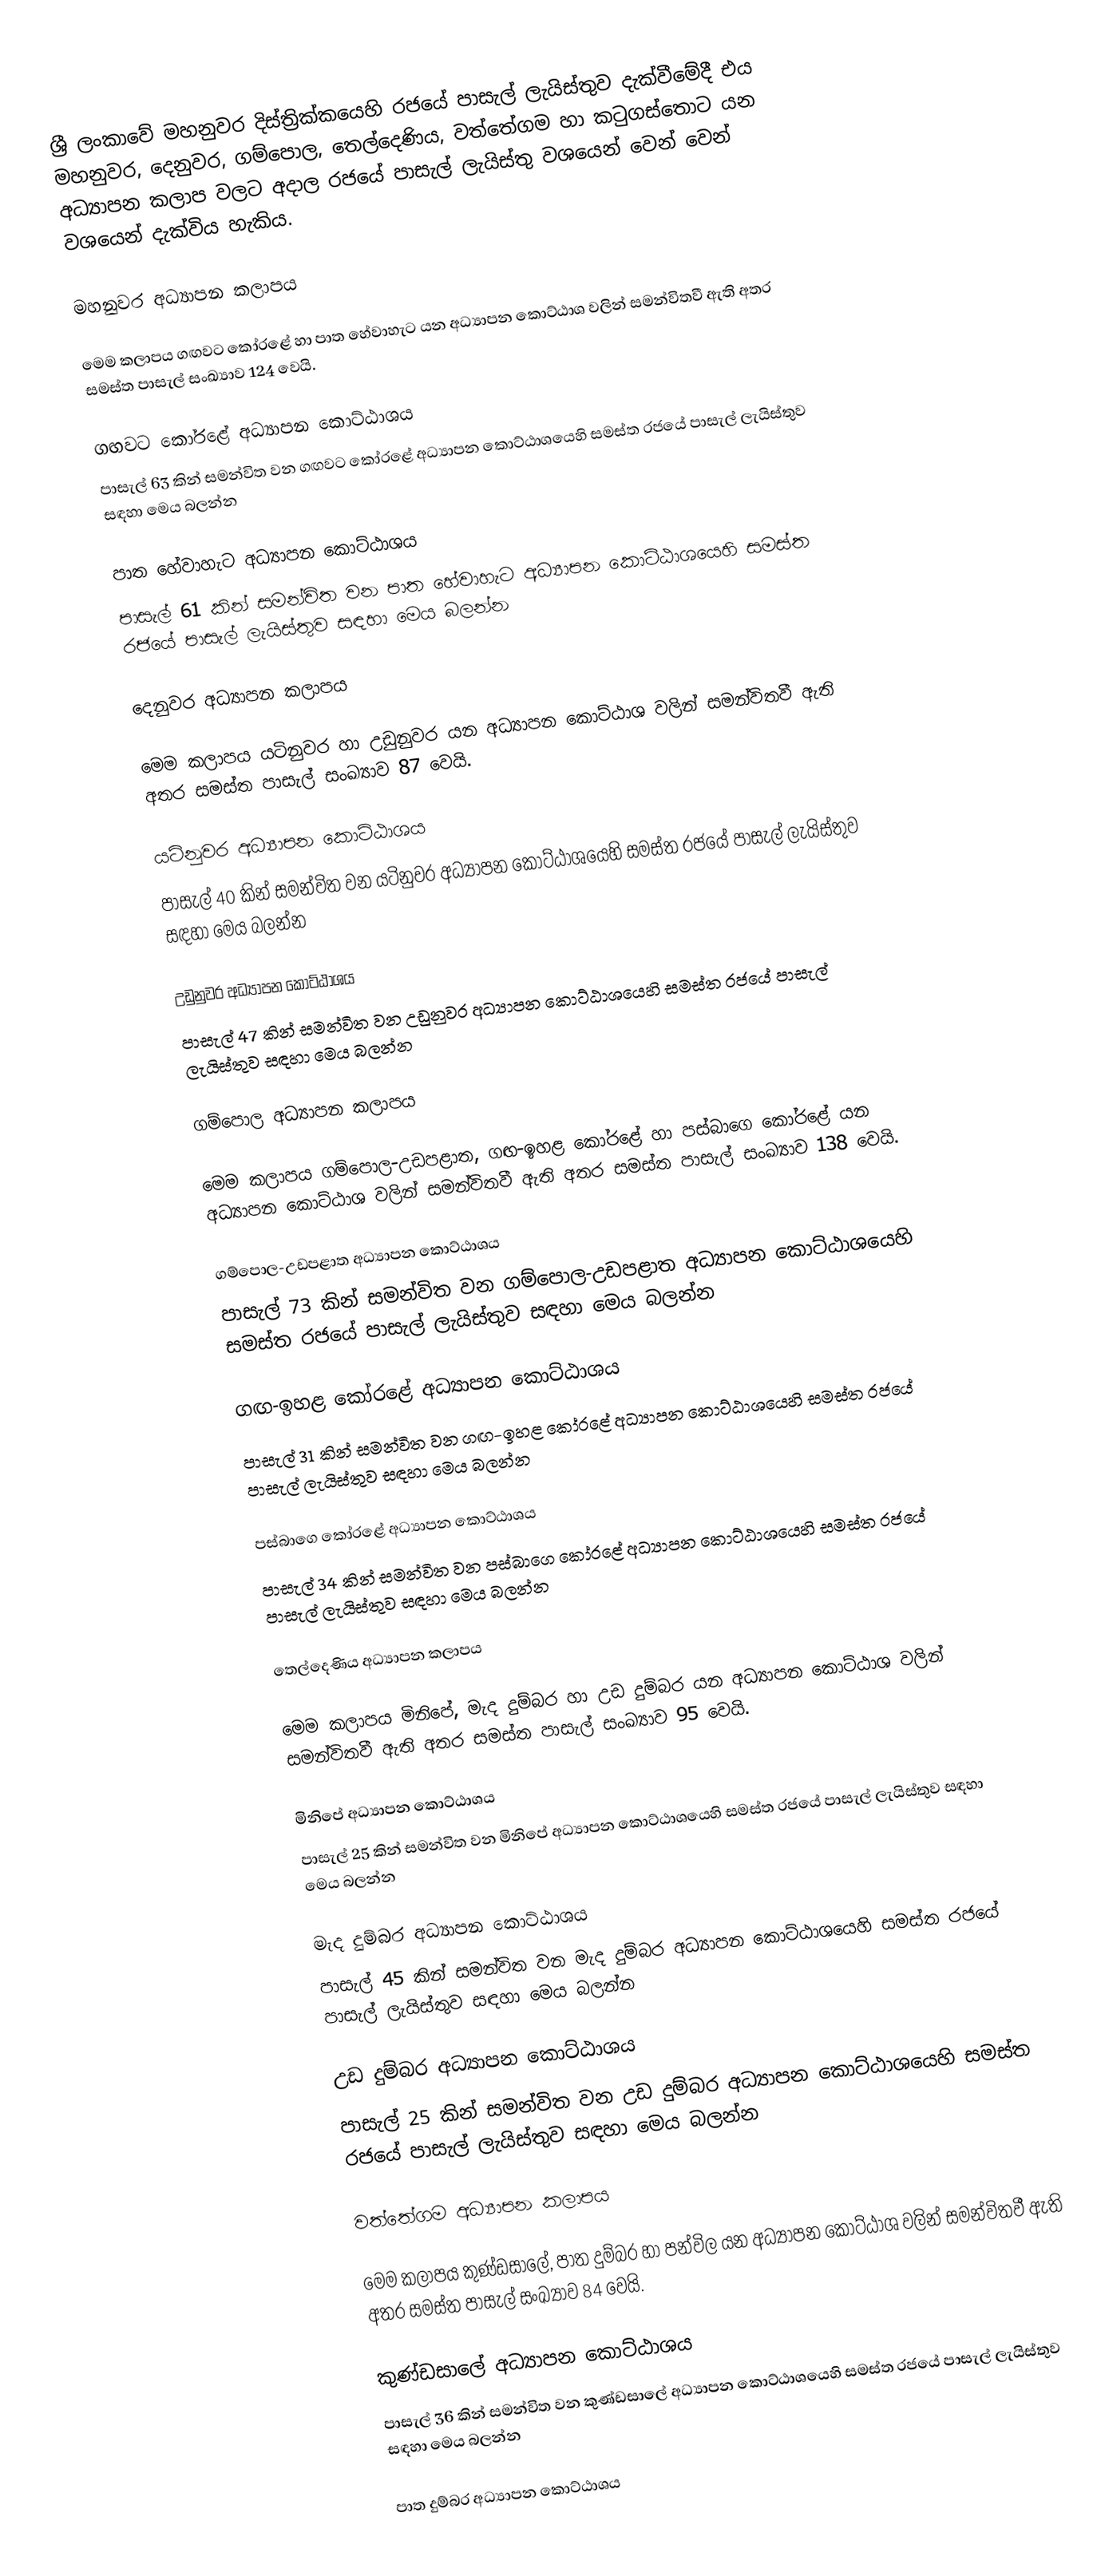
ශ්‍රී ලංකාවේ මහනුවර දිස්ත්‍රික්කයෙහි රජයේ පාසැල් ලැයිස්තුව දැක්වීමේදී එය මහනුවර, දෙනුවර, ගම්පොල, තෙල්දෙණිය, වත්තේගම හා කටුගස්තොට යන අධ්‍යාපන කලාප  වලට අදාල රජයේ පාසැල් ලැයිස්තු වශයෙන් වෙන් වෙන් වශයෙන් දැක්විය හැකිය.

මහනුවර අධ්‍යාපන කලාපය

මෙම කලාපය ගඟවට කෝරළේ හා පාත හේවාහැට යන අධ්‍යාපන කොට්ඨාශ වලින් සමන්විතවී ඇති අතර සමස්ත පාසැල් සංඛ්‍යාව 124 වෙයි.

ගඟවට කෝරළේ අධ්‍යාපන කොට්ඨාශය
පාසැල් 63 කින් සමන්විත වන ගඟවට කෝරළේ අධ්‍යාපන කොට්ඨාශයෙහි සමස්ත රජයේ පාසැල් ලැයිස්තුව සඳහා මෙය බලන්න

පාත හේවාහැට අධ්‍යාපන කොට්ඨාශය
පාසැල් 61 කින් සමන්විත වන පාත හේවාහැට අධ්‍යාපන කොට්ඨාශයෙහි සමස්ත රජයේ පාසැල් ලැයිස්තුව සඳහා මෙය බලන්න

දෙනුවර අධ්‍යාපන කලාපය

මෙම කලාපය යටිනුවර හා උඩුනුවර යන අධ්‍යාපන කොට්ඨාශ වලින් සමන්විතවී ඇති අතර සමස්ත පාසැල් සංඛ්‍යාව 87 වෙයි.

යටිනුවර  අධ්‍යාපන කොට්ඨාශය
පාසැල් 40 කින් සමන්විත වන යටිනුවර  අධ්‍යාපන කොට්ඨාශයෙහි සමස්ත රජයේ පාසැල් ලැයිස්තුව සඳහා මෙය බලන්න

උඩුනුවර අධ්‍යාපන කොට්ඨාශය
පාසැල් 47 කින් සමන්විත වන උඩුනුවර  අධ්‍යාපන කොට්ඨාශයෙහි සමස්ත රජයේ පාසැල් ලැයිස්තුව සඳහා මෙය බලන්න

ගම්පොල අධ්‍යාපන කලාපය

මෙම කලාපය ගම්පොල-උඩපළාත, ගඟ-ඉහළ කෝරළේ හා පස්බාගෙ කෝරළේ යන අධ්‍යාපන කොට්ඨාශ වලින් සමන්විතවී ඇති අතර සමස්ත පාසැල් සංඛ්‍යාව 138 වෙයි.

ගම්පොල-උඩපළාත අධ්‍යාපන කොට්ඨාශය
පාසැල් 73 කින් සමන්විත වන ගම්පොල-උඩපළාත අධ්‍යාපන කොට්ඨාශයෙහි සමස්ත රජයේ පාසැල් ලැයිස්තුව සඳහා මෙය බලන්න

ගඟ-ඉහළ කෝරළේ අධ්‍යාපන කොට්ඨාශය
පාසැල් 31 කින් සමන්විත වන ගඟ-ඉහළ කෝරළේ අධ්‍යාපන කොට්ඨාශයෙහි සමස්ත රජයේ පාසැල් ලැයිස්තුව සඳහා මෙය බලන්න

පස්බාගෙ කෝරළේ අධ්‍යාපන කොට්ඨාශය
පාසැල් 34 කින් සමන්විත වන පස්බාගෙ කෝරළේ අධ්‍යාපන කොට්ඨාශයෙහි සමස්ත රජයේ පාසැල් ලැයිස්තුව සඳහා මෙය බලන්න

තෙල්දෙණිය අධ්‍යාපන කලාපය

මෙම කලාපය මිනිපේ, මැද දුම්බර හා උඩ දුම්බර යන අධ්‍යාපන කොට්ඨාශ වලින් සමන්විතවී ඇති අතර සමස්ත පාසැල් සංඛ්‍යාව 95 වෙයි.

මිනිපේ අධ්‍යාපන කොට්ඨාශය
පාසැල් 25 කින් සමන්විත වන මිනිපේ අධ්‍යාපන කොට්ඨාශයෙහි සමස්ත රජයේ පාසැල් ලැයිස්තුව සඳහා මෙය බලන්න

මැද දුම්බර අධ්‍යාපන කොට්ඨාශය
පාසැල් 45 කින් සමන්විත වන මැද දුම්බර අධ්‍යාපන කොට්ඨාශයෙහි සමස්ත රජයේ පාසැල් ලැයිස්තුව සඳහා මෙය බලන්න

උඩ දුම්බර අධ්‍යාපන කොට්ඨාශය
පාසැල් 25 කින් සමන්විත වන උඩ දුම්බර අධ්‍යාපන කොට්ඨාශයෙහි සමස්ත රජයේ පාසැල් ලැයිස්තුව සඳහා මෙය බලන්න

වත්තේගම අධ්‍යාපන කලාපය

මෙම කලාපය කුණ්ඩසාලේ, පාත දුම්බර හා පන්විල යන අධ්‍යාපන කොට්ඨාශ වලින් සමන්විතවී ඇති අතර සමස්ත පාසැල් සංඛ්‍යාව 84 වෙයි.

කුණ්ඩසාලේ අධ්‍යාපන කොට්ඨාශය
පාසැල් 36 කින් සමන්විත වන කුණ්ඩසාලේ අධ්‍යාපන කොට්ඨාශයෙහි සමස්ත රජයේ පාසැල් ලැයිස්තුව සඳහා මෙය බලන්න

පාත දුම්බර අධ්‍යාපන කොට්ඨාශය